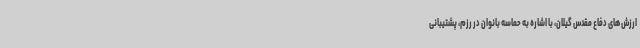
ارزش های دفاع مقدس گیلان، با اشاره به حماسه بانوان در رزم، پشتیبانی